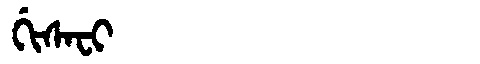
Manchu: ᡤᡳᠰᠠᠸᡳ
Romanization: GISAFI